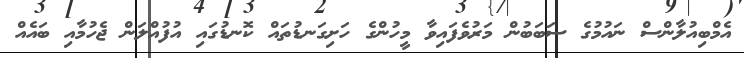
އެމްބިއުލާންސް ނައުމުގެ ސަބަބުން މަރުވެފައިވާ މީހުންގެ ހަށިގަނޑުތައް ކޮނޑުގައި އުފުއްލަން ޖެހުމާއި ބައެއް